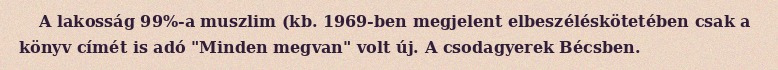
A lakosság 99%-a muszlim (kb. 1969-ben megjelent elbeszéléskötetében csak a könyv címét is adó "Minden megvan" volt új. A csodagyerek Bécsben.